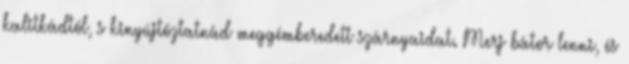
kalitkádtól, s kinyújtóztatnád meggémberedett szárnyaidat. Merj bátor lenni, és